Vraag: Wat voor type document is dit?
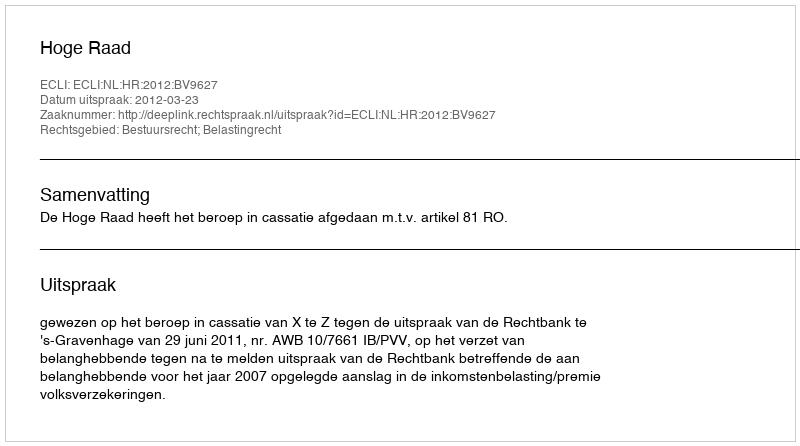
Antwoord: Uitspraak